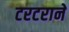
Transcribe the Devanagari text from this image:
टरटराने